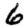
Digit: 6